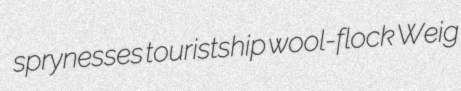
sprynesses touristship wool-flock Weig